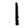
Digit: 1